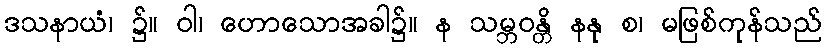
ဒသနာယံ၊ ၌။ ဝါ၊ ဟောသောအခါ၌။ န သမ္ဘဝန္တိ နနု စ၊ မဖြစ်ကုန်သည်